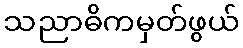
သညာဓိကမှတ်ဖွယ်